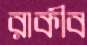
রাকীব